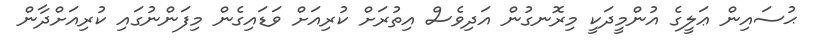
ޙުސައިން ޢަލީގެ އުންމީދަކީ މިރޮނގުން އަދިވެސް އިތުރަށް ކުރިއަށް ވަޑައިގެން މިފަންނުގައި ކުރިއަށްދާން